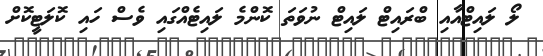
ލޯ ލައިޓްއާއި ބްރައިޓް ލައިޓް ނުވަތަ ކޮންމެ ލައިޓެއްގައި ވެސް ހައި ކޮލަޓީކޮށް